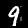
Digit: 9